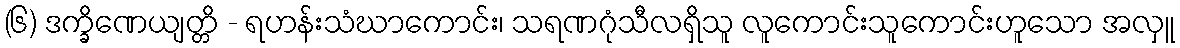
(၆) ဒက္ခိဏေယျတ္တိ - ရဟန်းသံဃာကောင်း၊ သရဏဂုံသီလရှိသူ လူကောင်းသူကောင်းဟူသော အလှူ